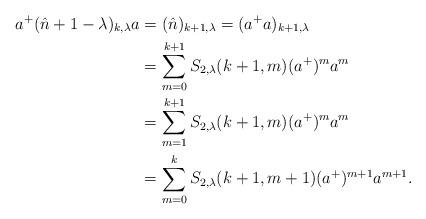
LaTeX: \begin{align*}a^{+}(\hat{n}+1-\lambda)_{k,\lambda}a&=(\hat{n})_{k+1,\lambda}=(a^{+}a)_{k+1,\lambda} \\&=\sum_{m=0}^{k+1}S_{2,\lambda}(k+1,m)(a^{+})^{m}a^{m} \\&=\sum_{m=1}^{k+1}S_{2,\lambda}(k+1,m)(a^{+})^{m}a^{m} \\&=\sum_{m=0}^{k}S_{2,\lambda}(k+1,m+1)(a^{+})^{m+1}a^{m+1}.\end{align*}